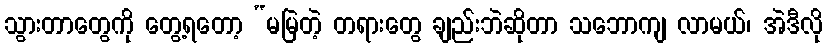
သွားတာတွေကို တွေ့ရတော့ “မမြဲတဲ့ တရားတွေ ချည်းဘဲဆိုတာ သဘောကျ လာမယ်၊ အဲဒီလို